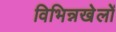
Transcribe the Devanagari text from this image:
विभिन्नखेलों